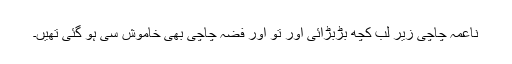
ناعمہ چاچی زیر لب کچھ بڑبڑائی اور تو اور فضہ چاچی بھی خاموش سی ہو گئی تھیں۔